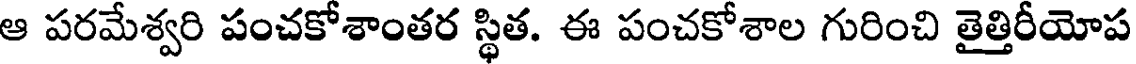
ఆ పరమేశ్వరి పంచకోశాంతర స్థిత. ఈ పంచకోశాల గురించి తైత్తిరీయోప